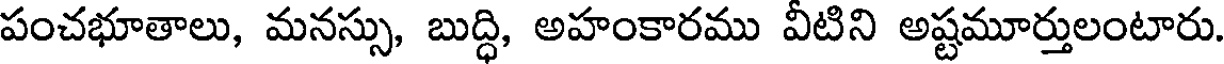
పంచభూతాలు, మనస్సు, బుద్ధి, అహంకారము వీటిని అష్టమూర్తులంటారు.